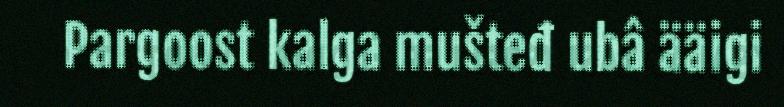
Pargoost kalga mušteđ ubâ ääigi